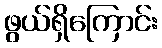
ဖွယ်ရှိကြောင်း